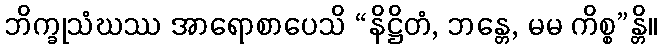
ဘိက္ခုသံဃဿ အာရောစာပေသိ “နိဋ္ဌိတံ, ဘန္တေ, မမ ကိစ္စ”န္တိ။